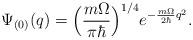
LaTeX: \begin{align*}\Psi_{(0)} (q) = \Bigl( \frac{m \Omega}{ \pi \hbar} \Bigr)^{1/4}e^{- \frac{m \Omega}{2 \hbar} q^2}.\end{align*}